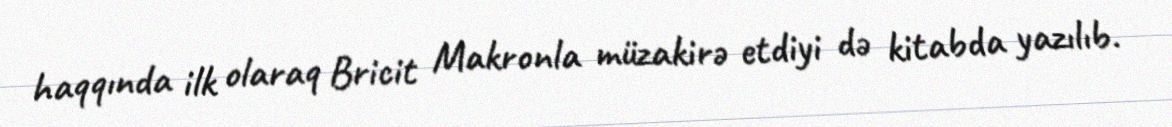
haqqında ilk olaraq Bricit Makronla müzakirə etdiyi də kitabda yazılıb.